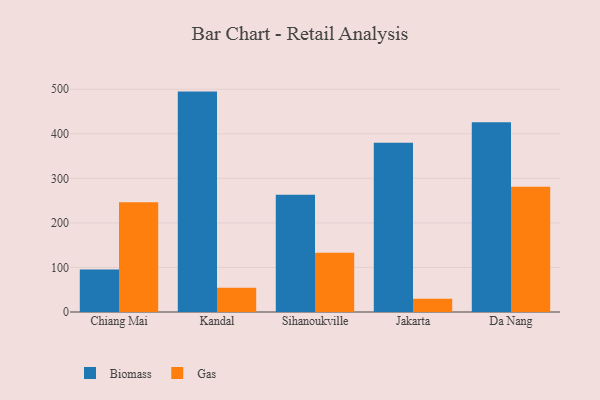
{"axis": {"x": "City", "y": "Churn Rate (%)"}, "legend": ["Biomass", "Gas"], "data": [{"x": "Chiang Mai", "y": 95.3, "type": "Biomass"}, {"x": "Chiang Mai", "y": 246.2, "type": "Gas"}, {"x": "Kandal", "y": 494.7, "type": "Biomass"}, {"x": "Kandal", "y": 54.5, "type": "Gas"}, {"x": "Sihanoukville", "y": 263.1, "type": "Biomass"}, {"x": "Sihanoukville", "y": 133.1, "type": "Gas"}, {"x": "Jakarta", "y": 379.9, "type": "Biomass"}, {"x": "Jakarta", "y": 29.8, "type": "Gas"}, {"x": "Da Nang", "y": 425.8, "type": "Biomass"}, {"x": "Da Nang", "y": 281.1, "type": "Gas"}]}